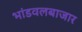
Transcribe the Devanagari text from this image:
भांडवलबाजार